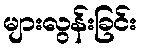
များလွန်းခြင်း